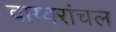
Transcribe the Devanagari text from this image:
वाग्वरांचल